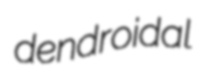
dendroidal